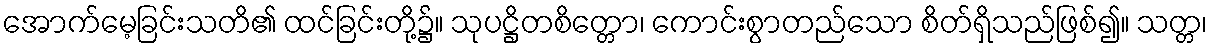
အောက်မေ့ခြင်းသတိ၏ ထင်ခြင်းတို့၌။ သုပဋ္ဌိတစိတ္တော၊ ကောင်းစွာတည်သော စိတ်ရှိသည်ဖြစ်၍။ သတ္တ၊